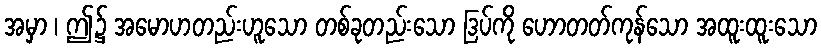
အမှာ ၊ ဤ၌ အမောဟတည်းဟူသော တစ်ခုတည်းသော ဒြပ်ကို ဟောတတ်ကုန်သော အထူးထူးသော